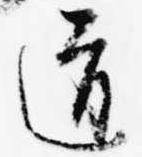
道